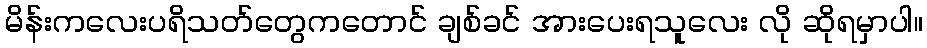
မိန်းကလေးပရိသတ်တွေကတောင် ချစ်ခင် အားပေးရသူလေး လို ဆိုရမှာပါ။